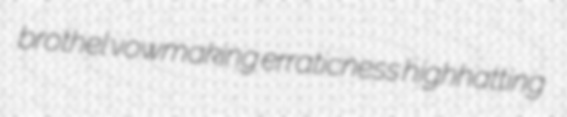
brothel vowmaking erraticness highhatting